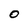
Character: 0